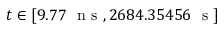
t \in [ 9 . 7 7 ~ \mathrm { ~ n ~ s ~ } , 2 6 8 4 . 3 5 4 5 6 ~ \mathrm { ~ s ~ } ]